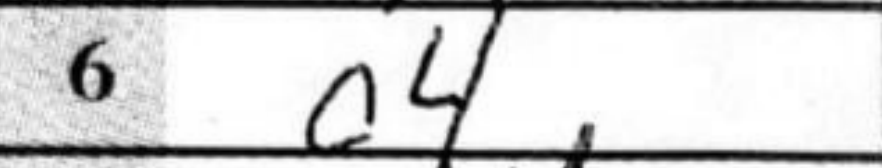
Transcription: c4